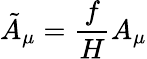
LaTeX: \tilde{A}_{\mu}=\frac{f}{H}A_{\mu}